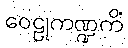
ဝေဠုကဏ္ဍကိံ